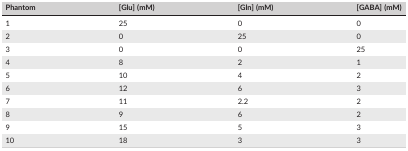
| Phantom | [Glu] (mM) | [Gln] (mM) | [GABA] (mM) |
 | --- | --- | --- | --- |
 | 1 | 25 | 0 | 0 |
 | 2 | 0 | 25 | 0 |
 | 3 | 0 | 0 | 25 |
 | 4 | 8 | 2 | 1 |
 | 5 | 10 | 4 | 2 |
 | 6 | 12 | 6 | 3 |
 | 7 | 11 | 2.2 | 2 |
 | 8 | 9 | 6 | 2 |
 | 9 | 15 | 5 | 3 |
 | 10 | 18 | 3 | 3 |